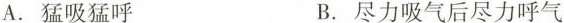
A.猛吸猛呼 B.尽力吸气后尽力呼气